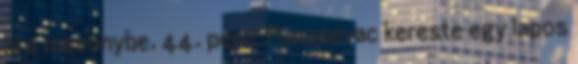
ki a mezőnybe. 44. perc: Punosevac kereste egy lapos